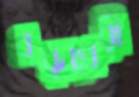
বড়খেরী